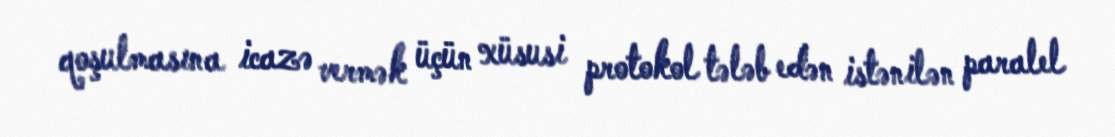
qoşulmasına icazə vermək üçün xüsusi protokol tələb edən istənilən paralel